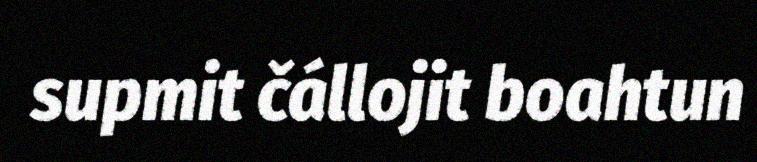
supmit čállojit boahtun